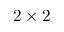
2 \times 2